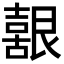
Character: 𮎚